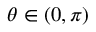
\theta \in ( 0 , \pi )